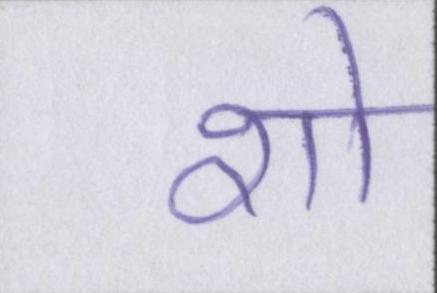
शो